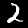
Label: 2